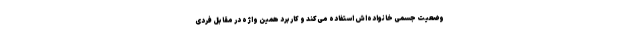
وضعیت جسمی خانواده‌اش استفاده می‌کند و کاربرد همین واژه در مقابل فردی